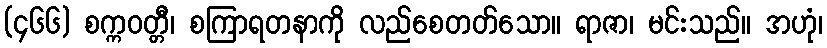
(၄၆၆) စက္ကဝတ္တီ၊ စကြာရတနာကို လည်စေတတ်သော။ ရာဇာ၊ မင်းသည်။ အဟုံ၊